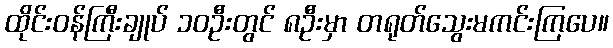
ထိုင်းဝန်ကြီးချုပ် ၁၀ဦးတွင် ၈ဦးမှာ တရုတ်သွေးမကင်းကြပေ။